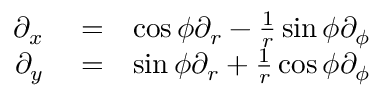
\begin{array} { r l r } { \partial _ { x } } & { { } = } & { \cos \phi \partial _ { r } - \frac { 1 } { r } \sin \phi \partial _ { \phi } } \\ { \partial _ { y } } & { { } = } & { \sin \phi \partial _ { r } + \frac { 1 } { r } \cos \phi \partial _ { \phi } } \end{array}